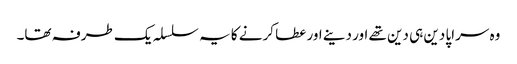
وہ سراپا دین ہی دین تھے اور دینے اور عطا کرنے کا یہ سلسلہ یک طرفہ تھا۔